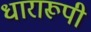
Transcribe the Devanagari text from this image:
धारारूपी